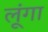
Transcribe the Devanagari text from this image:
लूूंगा